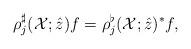
LaTeX: \begin{align*} \rho^{\sharp}_{j}(\mathcal{X}; \hat{z})f = \rho^{\flat}_{j}(\mathcal{X}; \hat{z})^{*}f, \end{align*}